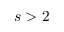
s > 2